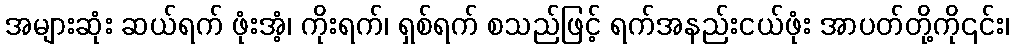
အများဆုံး ဆယ်ရက် ဖုံးအံ့၊ ကိုးရက်၊ ရှစ်ရက် စသည်ဖြင့် ရက်အနည်းငယ်ဖုံး အာပတ်တို့ကို၎င်း၊